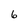
Character: 6